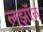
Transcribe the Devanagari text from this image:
लुझॉन